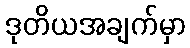
ဒုတိယအချက်မှာ